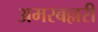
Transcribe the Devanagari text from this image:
अमरबल्लरी